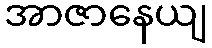
အာဇာနေယျ